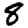
Digit: 8